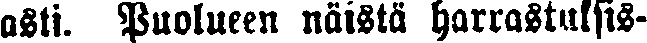
asti. Puolueen näistä harrastuksis-